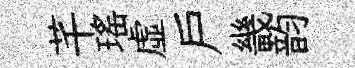
芊瑤虛户畿韵